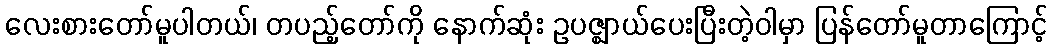
လေးစားတော်မူပါတယ်၊ တပည့်တော်ကို နောက်ဆုံး ဥပဇ္ဈာယ်ပေးပြီးတဲ့ဝါမှာ ပြန်တော်မူတာကြောင့်